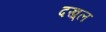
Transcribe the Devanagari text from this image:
दख़्ल